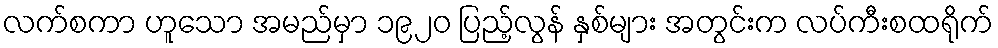
လက်စကာ ဟူသော အမည်မှာ ၁၉၂၀ ပြည့်လွန် နှစ်များ အတွင်းက လပ်ကီးစထရိုက်